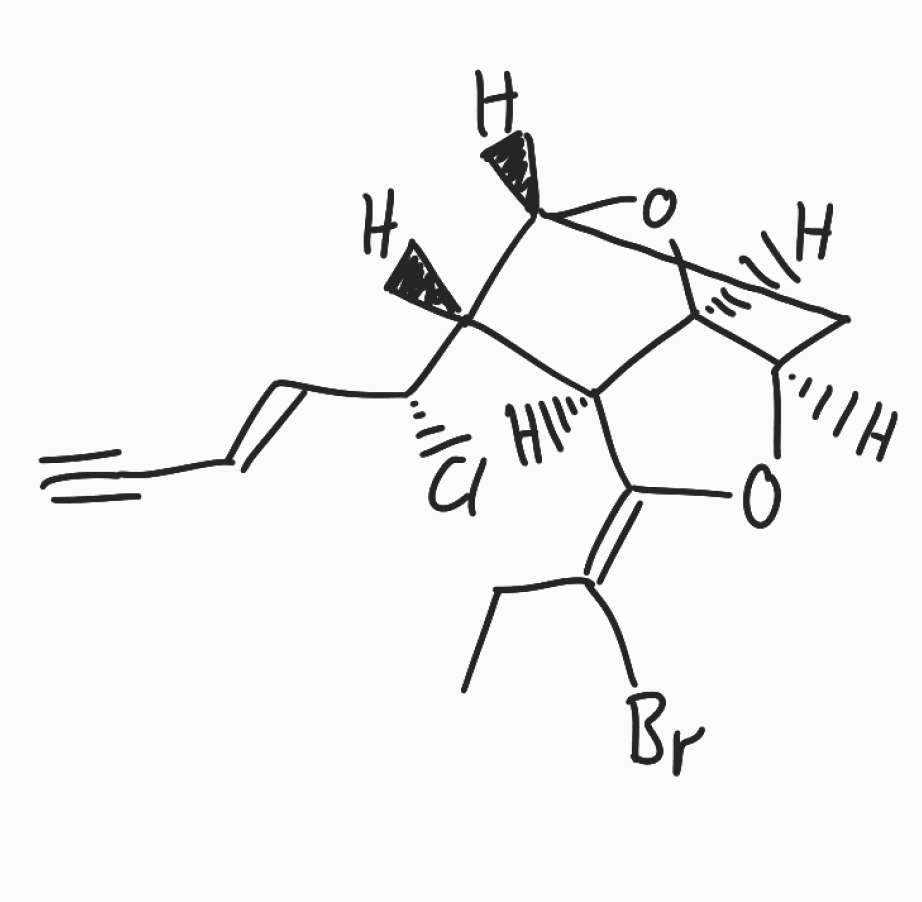
Simplified molecular-input line-entry system (SMILES) notation of the given molecule:
CC/C(=C/1\[C@H]2[C@@H]([C@H]3C[C@H]([C@@H]2O3)O1)[C@@H](/C=C/C#C)Cl)/Br